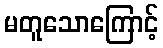
မတူသောကြောင့်